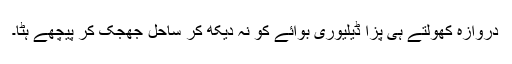
دروازہ کھولتے ہی پِزّا ڈیلیوری بوائے کو نہ دیکھ کر ساحل جھجک کر پیچھے ہٹا۔